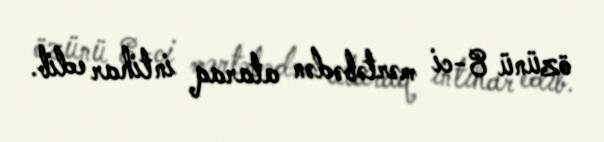
özünü 8-ci mərtəbədən ataraq intihar edib.